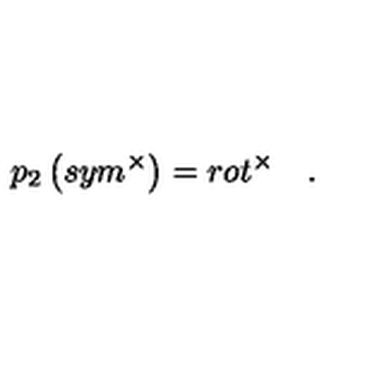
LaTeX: p _ { 2 } \left( s y m ^ { \times } \right) = r o t ^ { \times } \quad .